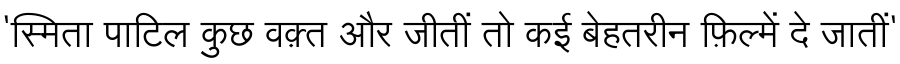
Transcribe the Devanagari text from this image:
'स्मिता पाटिल कुछ वक़्त और जीतीं तो कई बेहतरीन फ़िल्में दे जातीं'